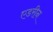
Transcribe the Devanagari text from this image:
एडरीन